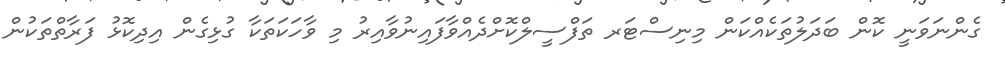
ގެންނަވަނީ ކޮން ބަދަލުތަކެެއްކަން މިނިސްޓަރ ތަފްސީލްކޮށްދެއްވާފައިނުވާއިރު މި ވާހަކަތަކާ ގުޅިގެން އިދިކޮޅު ފަރާތްތަކުން